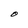
Character: O